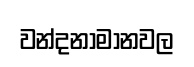
වන්දනාමානවල